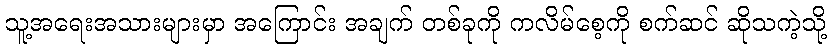
သူ့အရေးအသားများမှာ အကြောင်း အချက် တစ်ခုကို ကလိမ်စေ့ကို စက်ဆင် ဆိုသကဲ့သို့